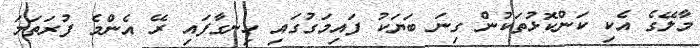
މާލޭގެ އެކި ކަންކޮޅުތަކުން ގިނަ ބަޔަކު ފައިމަގުގައި ހިނގާފައި ރޭ އެންމެ ފުރަތަމަ